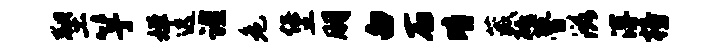
塑竽婵迟谨危堡朋白石晴葳砥瞢滋溥榜